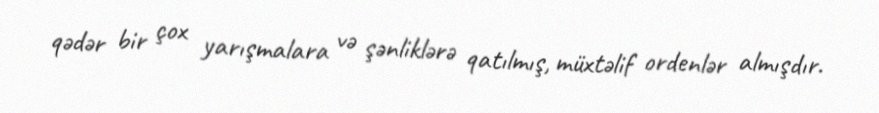
qədər bir çox yarışmalara və şənliklərə qatılmış, müxtəlif ordenlər almışdır.